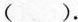
( ).